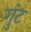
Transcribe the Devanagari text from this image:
गुंट